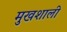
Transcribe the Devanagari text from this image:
मुखशाली